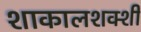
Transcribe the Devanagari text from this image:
शाकालशक्शी